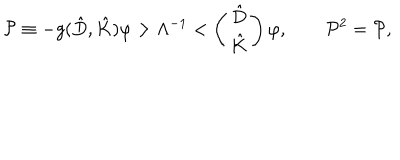
\mathcal { P } \equiv - g ( \hat { D } , \hat { K } ) \varphi > \Lambda ^ { - 1 } < \left( \begin{array} { c } { { \hat { D } } } \\ { { \hat { K } } } \\ \end{array} \right) \varphi , \qquad \mathcal { P } ^ { 2 } = \mathcal { P } ,